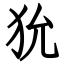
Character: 狁